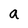
Character: a